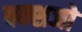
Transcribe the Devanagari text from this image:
वन्शजो